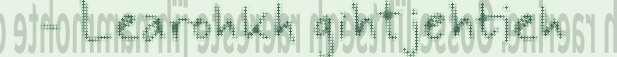
- Learohkh gihtjehtieh